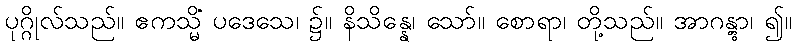
ပုဂ္ဂိုလ်သည်။ ဧကသ္မိံ ပဒေသေ၊ ၌။ နိသိန္နေ၊ သော်။ စောရာ၊ တို့သည်။ အာဂန္တွာ၊ ၍။